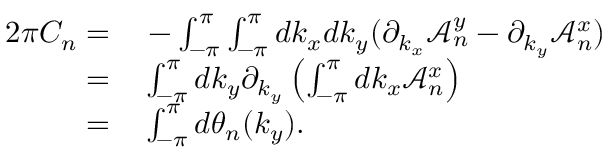
\begin{array} { r l } { 2 \pi C _ { n } = } & { { } - \int _ { - \pi } ^ { \pi } \int _ { - \pi } ^ { \pi } d k _ { x } d k _ { y } ( \partial _ { k _ { x } } \mathcal { A } _ { n } ^ { y } - \partial _ { k _ { y } } \mathcal { A } _ { n } ^ { x } ) } \\ { = } & { { } \int _ { - \pi } ^ { \pi } d k _ { y } \partial _ { k _ { y } } \left( \int _ { - \pi } ^ { \pi } d k _ { x } \mathcal { A } _ { n } ^ { x } \right) } \\ { = } & { { } \int _ { - \pi } ^ { \pi } d \theta _ { n } ( k _ { y } ) . } \end{array}